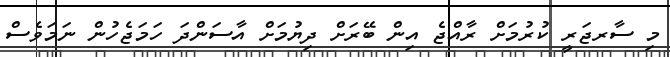
މި ސާރޖަރީ ކުރުމަށް ރާއްޖެ އިން ބޭރަށް ދިޔުމަށް އާސަންދަ ހަމަޖެހުން ނަމަވެސް